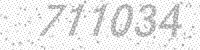
Solution: 711034